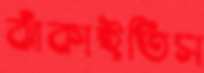
ঝাঁকাইতিস